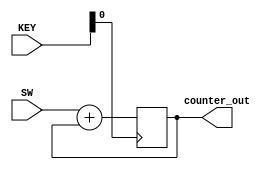
module simple_counter(
	input [1:0] KEY,
	input [3:0] SW,
	output reg [3:0] counter_out);

	always @ (posedge KEY[0])
	begin
		counter_out <= #1 SW + counter_out;
	end
endmodule